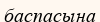
баспасына